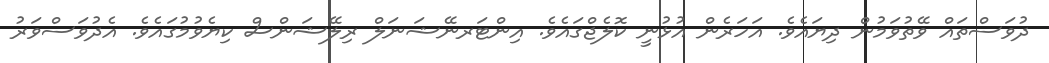
ދުވަސްތައް ވޭތުވަމުން ދިޔައެވެ. އަހަރެން އުޅުނީ ކޮލެޖްގައެވެ. އިންޓަރނޭޝަނަލް ރިލޭޝަންސް ކިޔެވުމުގައެވެ. އެދުވަސްވަރު